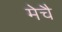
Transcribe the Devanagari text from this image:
मेचै